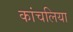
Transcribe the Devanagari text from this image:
कांचलिया